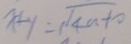
x + y = \sqrt { 4 n - 1 0 }